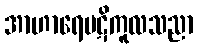
အာဟာရေပဋိကူလသညာ